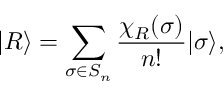
| R \rangle = \sum _ { \sigma \in S _ { n } } \frac { \chi _ { R } ( \sigma ) } { n ! } | \sigma \rangle ,